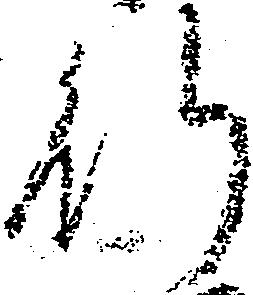
行